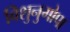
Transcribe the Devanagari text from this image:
विशुनुगोपा